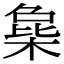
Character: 𣔵